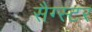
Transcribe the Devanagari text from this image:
सैग्स्टर